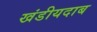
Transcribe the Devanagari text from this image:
खंडीयदाब